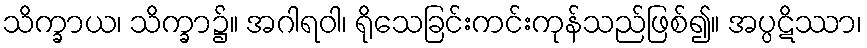
သိက္ခာယ၊ သိက္ခာ၌။ အဂါရဝါ၊ ရိုသေခြင်းကင်းကုန်သည်ဖြစ်၍။ အပ္ပဋိဿာ၊